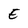
Character: E